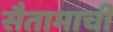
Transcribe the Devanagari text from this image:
सैतामाची